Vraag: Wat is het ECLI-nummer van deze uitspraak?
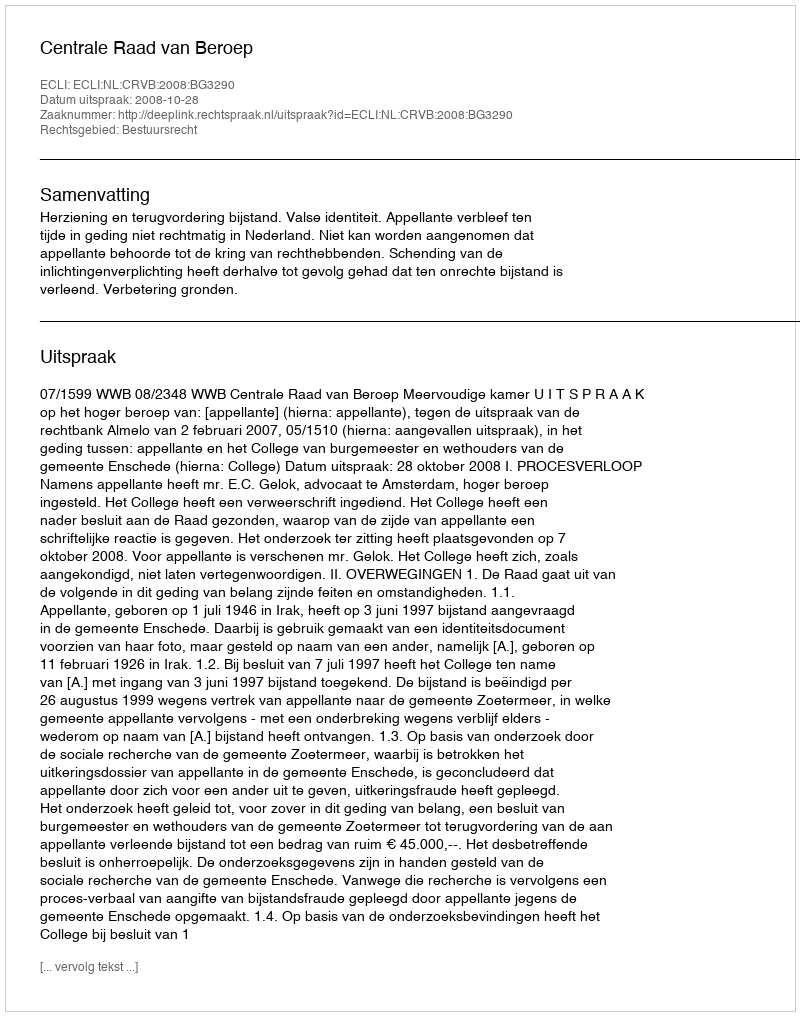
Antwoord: ECLI:NL:CRVB:2008:BG3290